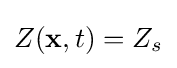
Z(\mathbf {x} ,t)=Z_{s}